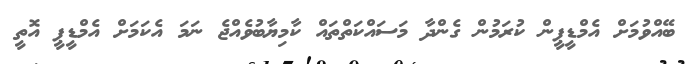
ބޭއްވުމަށް އެމްޑީޕީން ކުރަމުން ގެންދާ މަސައްކަތްތައް ކާމިޔާބުވެއްޖެ ނަމަ އެކަމަށް އެމްޑީޕީ އޮތީ